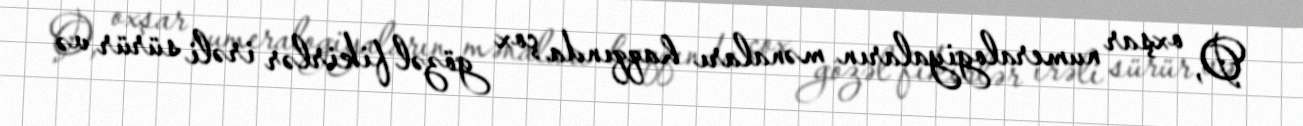
O, oxşar numeralogiyaların mənaları haqqında çox gözəl fikirlər irəli sürür və